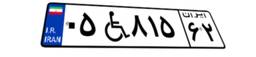
۲۱W۱۰۶۵۷